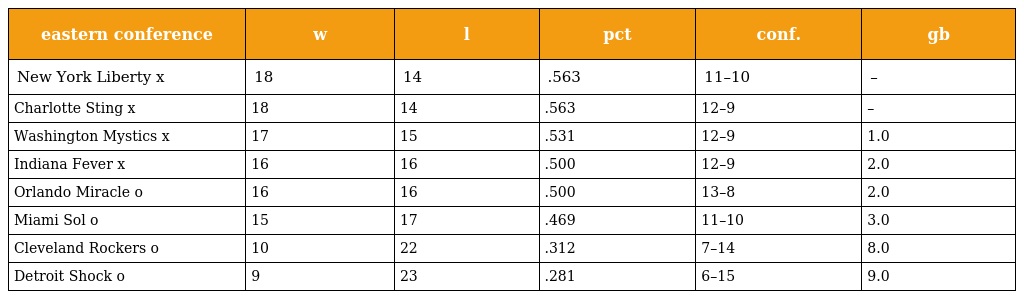
| eastern conference | w | l | pct | conf. | gb |
 | --- | --- | --- | --- | --- | --- |
 | New York Liberty x | 18 | 14 | .563 | 11–10 | – |
 | Charlotte Sting x | 18 | 14 | .563 | 12–9 | – |
 | Washington Mystics x | 17 | 15 | .531 | 12–9 | 1.0 |
 | Indiana Fever x | 16 | 16 | .500 | 12–9 | 2.0 |
 | Orlando Miracle o | 16 | 16 | .500 | 13–8 | 2.0 |
 | Miami Sol o | 15 | 17 | .469 | 11–10 | 3.0 |
 | Cleveland Rockers o | 10 | 22 | .312 | 7–14 | 8.0 |
 | Detroit Shock o | 9 | 23 | .281 | 6–15 | 9.0 |